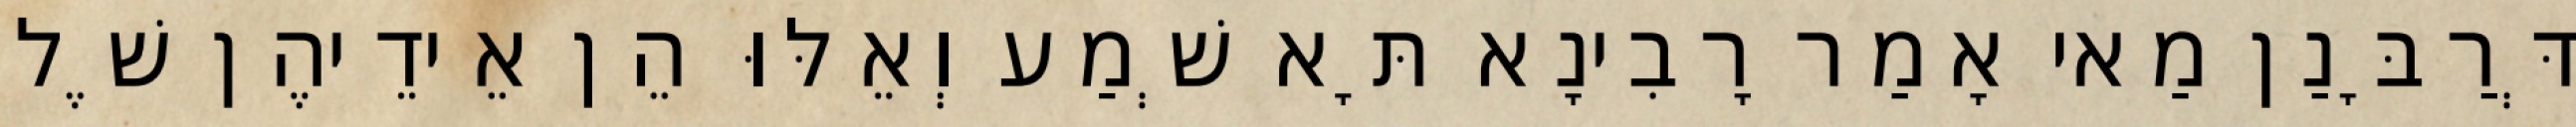
דְּרַבָּנַן מַאי אָמַר רָבִינָא תָּא שְׁמַע וְאֵלּוּ הֵן אֵידֵיהֶן שֶׁל